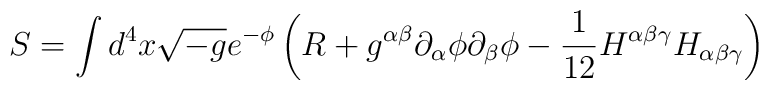
S=\int d^4 x\sqrt{-g}e^{-\phi }\left(R+g^{\alpha \beta }\partial _\alpha \phi\partial _\beta \phi -\frac 1{12}H^{\alpha \beta \gamma }H_{\alpha \beta\gamma }\right)